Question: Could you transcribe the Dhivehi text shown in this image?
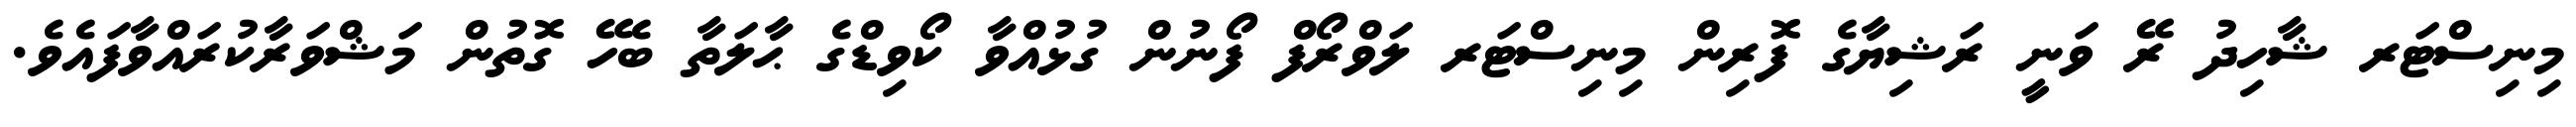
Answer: މިނިސްޓަރ ޝާހިދު ރޭ ވަނީ ރަޝިޔާގެ ފޮރިން މިނިސްޓަރ ލަވްރޯފް ފޯނުން ގުޅުއްވާ ކޯވިޑްގެ ޙާލަތާ ބެހޭ ގޮތުން މަޝްވަރާކުރައްވާފައެވެ.